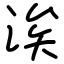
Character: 涘